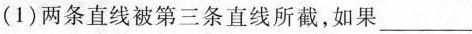
(1)两条直线被第三条直线所截，如果___